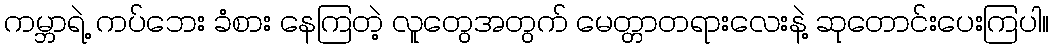
ကမ္ဘာရဲ့ ကပ်ဘေး ခံစား နေကြတဲ့ လူတွေအတွက် မေတ္တာတရားလေးနဲ့ ဆုတောင်းပေးကြပါ။